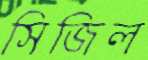
সিজিল